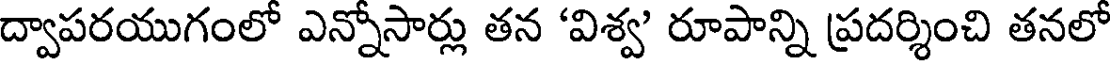
ద్వాపరయుగంలో ఎన్నోసార్లు తన 'విశ్వ' రూపాన్ని ప్రదర్శించి తనలో